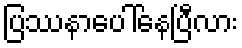
ပြဿနာပေါ်နေပြီလား